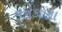
નનકાણા